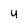
Character: u